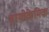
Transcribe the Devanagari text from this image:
बायोकेमिक